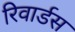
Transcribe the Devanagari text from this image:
रिवार्डस